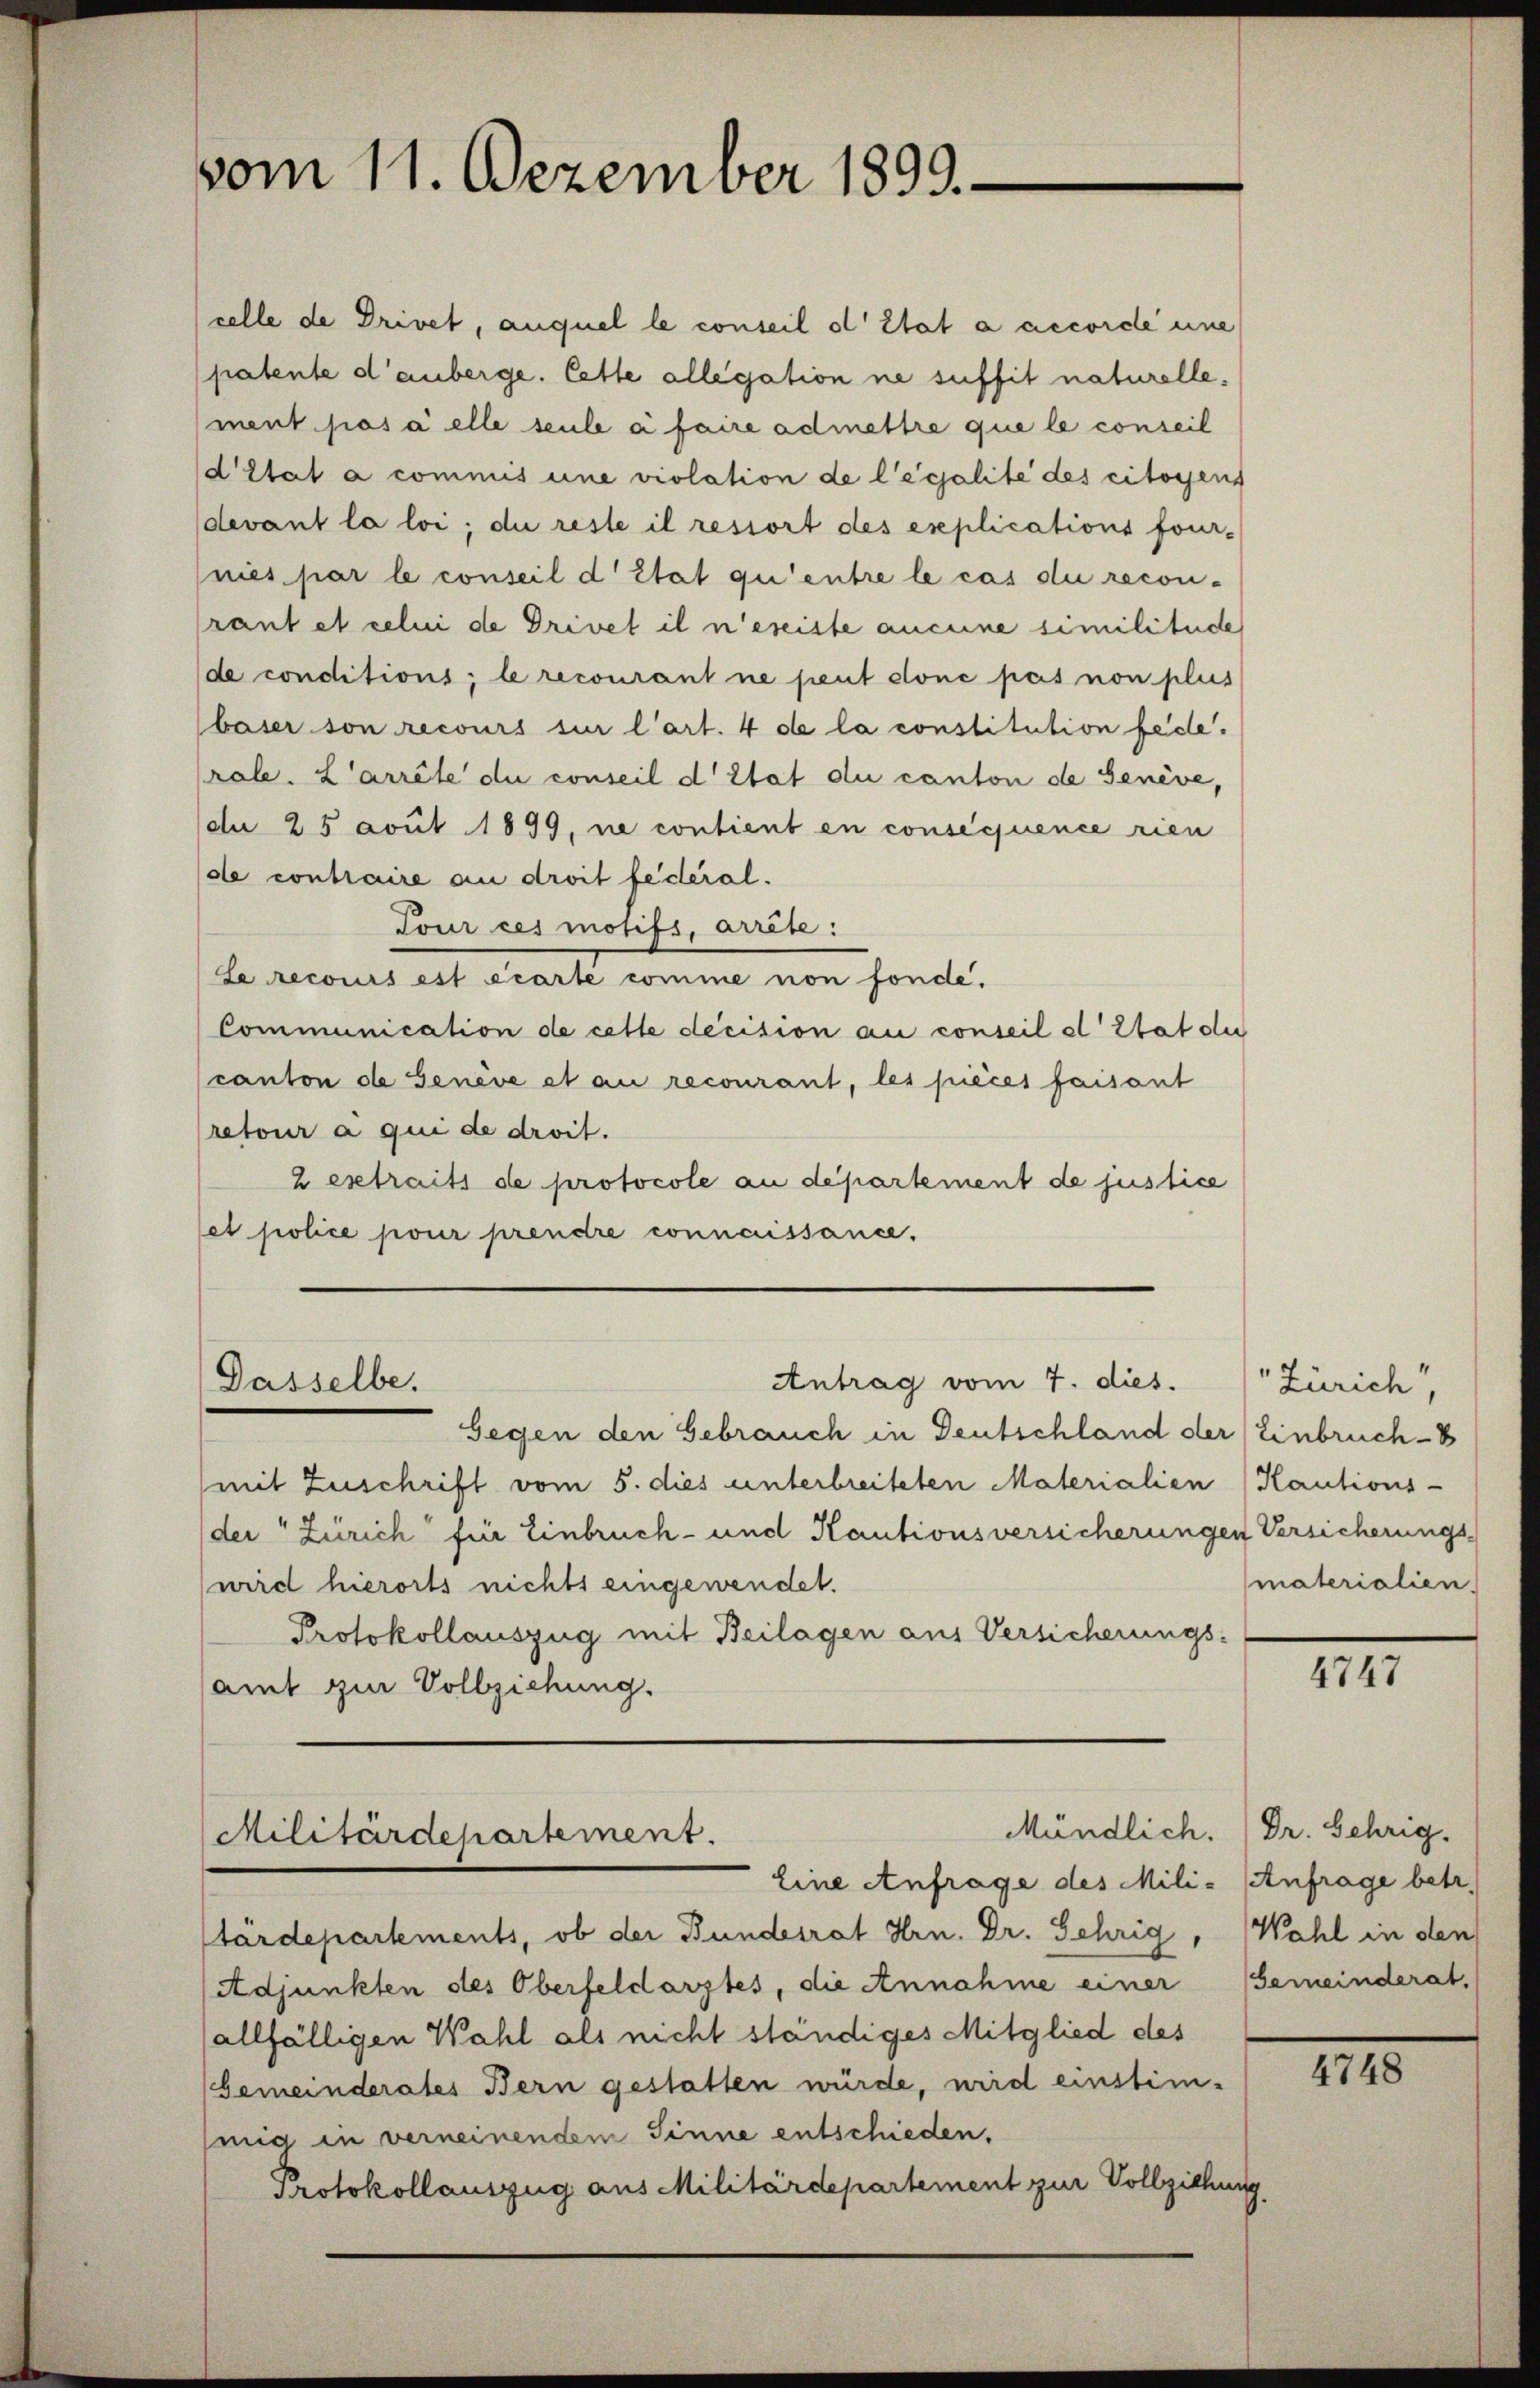
vom 11. Dezember 1899

Dasselbe.

celle de Drivet, auquel le conseil d’Etat à accorde eine
patente d’anberge. Cette allegation ne suffit naturelle,
ment pas à elle seule a faire admettre que le conseil
d’état à commis une violation de légalite des citoyens
devant la loi; die reste il ressort des explications four-
nies par le conseil d’Etat qu’entre le cas die recon-
rant et celui de Drivet il n’eseiste aucune similitude
de conditions; le recourant ne peut conc pas non plus
baser son recours sur l’art. 4 de la constitution fede.
rale. L’arrête du conseil d’Etat du canton de Genève,
du 25 avut 1899, ne contient en consequence rien
ole contraire au droit federal.
Tour ces motifs, arrête:
Le recours est écarte comme non fonde.
Communication de celle decision au conseil et Stat der
canton de Genève et au recourant, les pièces faisant
retour a qui de droit.
2 extraits de protocole au departement de justice
et police pour prendre connaissance.

Gegen den Gebrauch in Deutschland der Einbruch - 8
mit Zuschrift vom 5. dies unterbreiteten Materialien Kautions-
der" Zürich für Einbruch- und Kautionsversicherungen Versicherungs-
wird hierorts nichts eingewendet.
Protokollauszug mit Beilagen aus Versicherungs-
amt zur Vollziehung.

Antrag vom 7. dies.

Militärdepartement.
Eine Anfrage des Mili- Anfrage betr.

tärdepartements, ob der Bundesrat Hrn. Dr. Gehrig, Wahl in den
(Adjunkten des Oberfeldarztes, die Annahme einer Gemeinderat,
allfälligen Wahl als nicht ständiges Mitglied des
Gemeinderates Bern gestatten würde, wird einstim-
mig in verneinendem Sinne entschieden.
Protokollauszug aus Militärdepartement zur Vollziehung

Zürich
materialien.

Mündlich. Dr. Gehrig,

4747

III